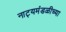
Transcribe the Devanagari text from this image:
नाट्यमंडळीच्या